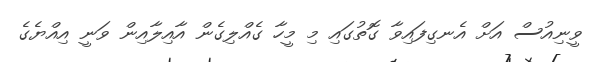
ވީނިއުސް އަށް އެނގިފައިވާ ގޮތުގައި މި މީހާ ގެއްލިގެން އާއިލާއިން ވަނީ އިއްޔެގެ